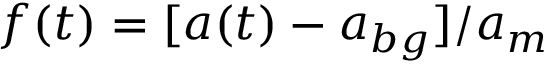
f ( t ) = [ a ( t ) - a _ { b g } ] / a _ { m }